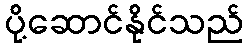
ပို့ဆောင်နိုင်သည်